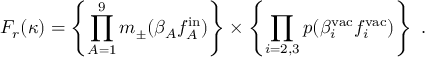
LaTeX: F _ { r } ( \kappa ) = \left\{ \prod _ { A = 1 } ^ { 9 } m _ { \pm } ( \beta _ { A } f _ { A } ^ { \mathrm { i n } } ) \right\} \times \left\{ \prod _ { i = 2 , 3 } p ( \beta _ { i } ^ { \mathrm { v a c } } f _ { i } ^ { \mathrm { v a c } } ) \right\} \ .